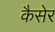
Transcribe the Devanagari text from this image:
कैसेर